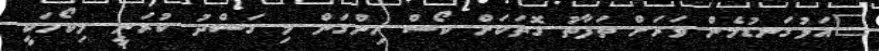
"އަޅުގަނޑުމެން ވަރަށް ތަފާތު ގޮތަކަށް ކޯސް ހިންގަން މި ގަސްދު ކުރަނީ. މިކޯހަކީ